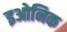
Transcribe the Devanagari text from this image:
इओनिक